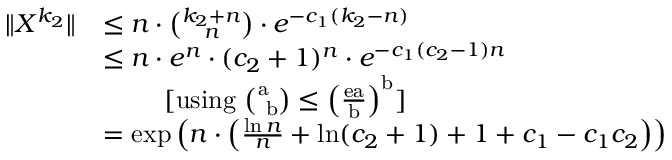
\begin{array} { r l } { \| X ^ { k _ { 2 } } \| } & { \leq n \cdot { \binom { k _ { 2 } + n } { n } } \cdot e ^ { - c _ { 1 } ( k _ { 2 } - n ) } } \\ & { \leq n \cdot e ^ { n } \cdot ( c _ { 2 } + 1 ) ^ { n } \cdot e ^ { - c _ { 1 } ( c _ { 2 } - 1 ) n } } \\ & { \ \ \ \ \ \ \ \mathrm { [ u s i n g ~ \ensuremath { { \binom { a ~ } { ~ b } } \leq \left( \frac { e a } { b } \right) ^ { b } } ] } } \\ & { = \exp \left( n \cdot \left( \frac { \ln n } { n } + \ln ( c _ { 2 } + 1 ) + 1 + c _ { 1 } - c _ { 1 } c _ { 2 } \right) \right) } \end{array}